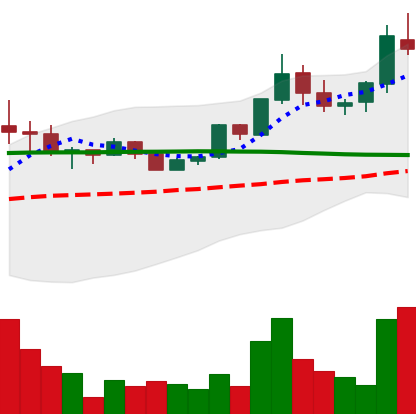
Ticker: BTC-USD
Chart end date: 2015-07-06
Forward return: 8.953%
Label: up_7plus